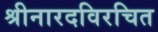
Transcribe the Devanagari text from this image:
श्रीनारदविरचित